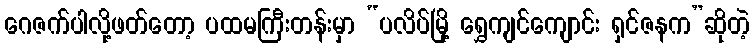
ဂေဇက်ပါလို့ဖတ်တော့ ပထမကြီးတန်းမှာ “ပလိပ်မြို့ ရွှေကျင်ကျောင်း ရှင်ဇနက”ဆိုတဲ့